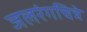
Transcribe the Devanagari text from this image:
जलरंगचित्रे